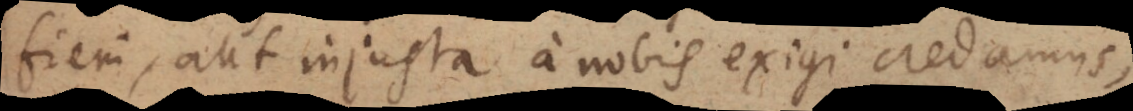
fieri, aut injusta a nobis exigi credamus,